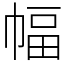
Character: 幅